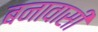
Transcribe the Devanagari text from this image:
बनावासी